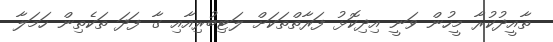
ތާއީދުކުރާ މީހުން ވަނީ އިދިކޮޅު ފަރާތްތަކަށް ލަޓިބުރިއާއި ގާ ފަދަ ތަކެތިން ހަމަލާ